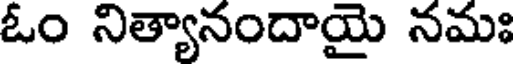
ఓం నిత్యానందాయై నమః